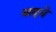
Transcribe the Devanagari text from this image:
अदने